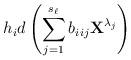
LaTeX: \begin{align*}h_id\left(\sum\limits_{j=1}^{s_\ell}b_{i_{}ij}{\textbf{X}}^{\lambda_j}\right)\end{align*}